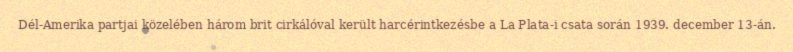
Dél-Amerika partjai közelében három brit cirkálóval került harcérintkezésbe a La Plata-i csata során 1939. december 13-án.